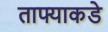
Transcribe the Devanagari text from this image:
ताफ्याकडे